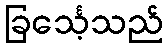
ခြင်္သေ့သည်